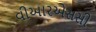
વીઆરએસસી